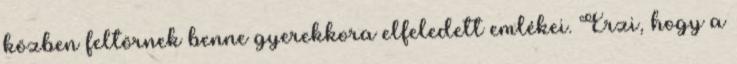
közben feltörnek benne gyerekkora elfeledett emlékei. Érzi, hogy a